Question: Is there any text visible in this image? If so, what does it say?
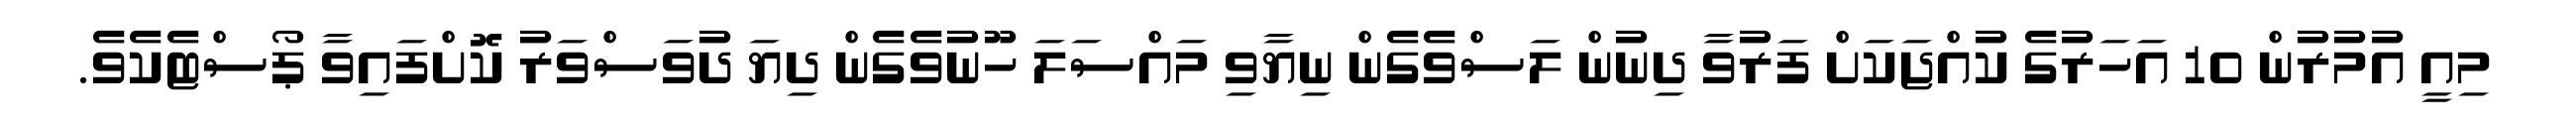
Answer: މިއީ އުމުރުން 10 އަހަރުގެ ކުއްޖަކަށް ފަރުވާ ދިނުން ލަސްވެގެން ނިޔާވި މައްސަލަ ހޫނުވެގެން ދިޔަ ދުވަސްވަރު ކޮށްފައިވާ ޕޯސްޓެކެވެ.